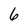
Character: 6